Notes on the propagation and cultivation of the medicinal cinchonas, or Peruvian bark trees
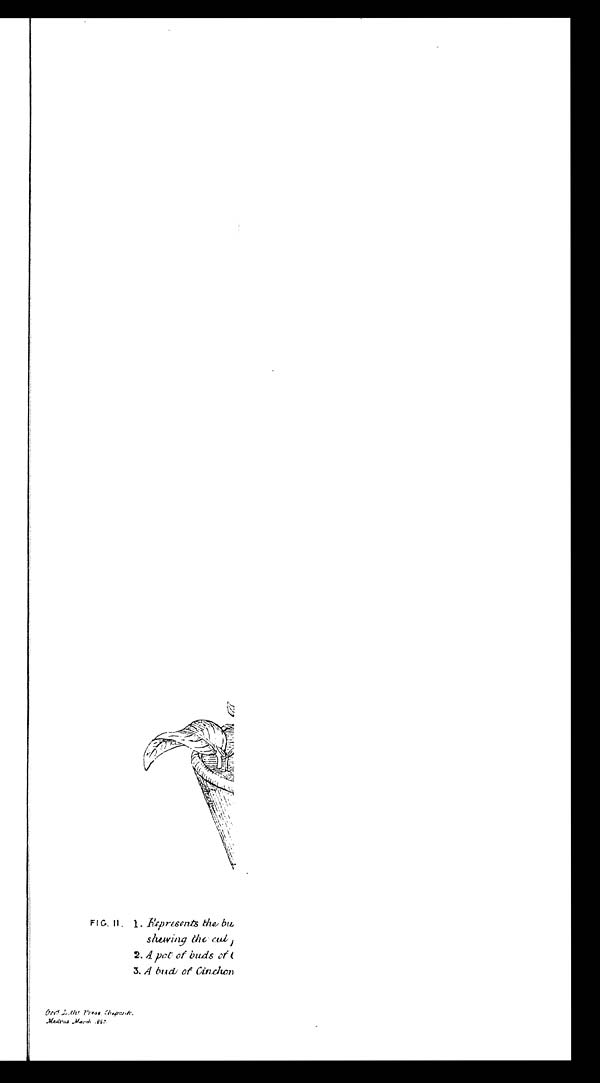
FIG. II. 1. Represents
s h e w i n g t h e
c u t
2 . A p o t o f b u d s
o f
3 . A
b u d o f C i n c h o n
G o v t L i t h o P r e s s C h e p a u k . M a d r a s M a r c h 1 8 6 7 .